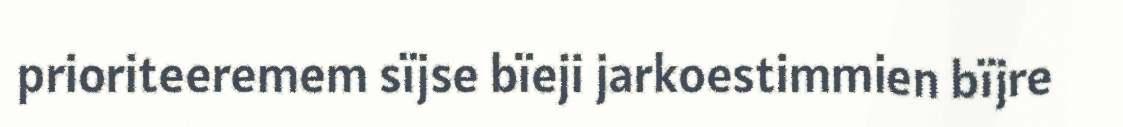
prioriteeremem sïjse bïeji jarkoestimmien bïjre